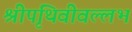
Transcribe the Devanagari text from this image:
श्रीपृथिवीवल्लभ